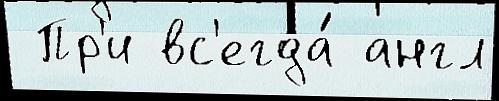
 Пр'и вс'егда́ англ